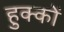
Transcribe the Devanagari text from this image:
हुक्कों